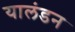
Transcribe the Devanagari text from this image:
यालंडन